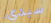
سيدي